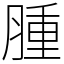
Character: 腫